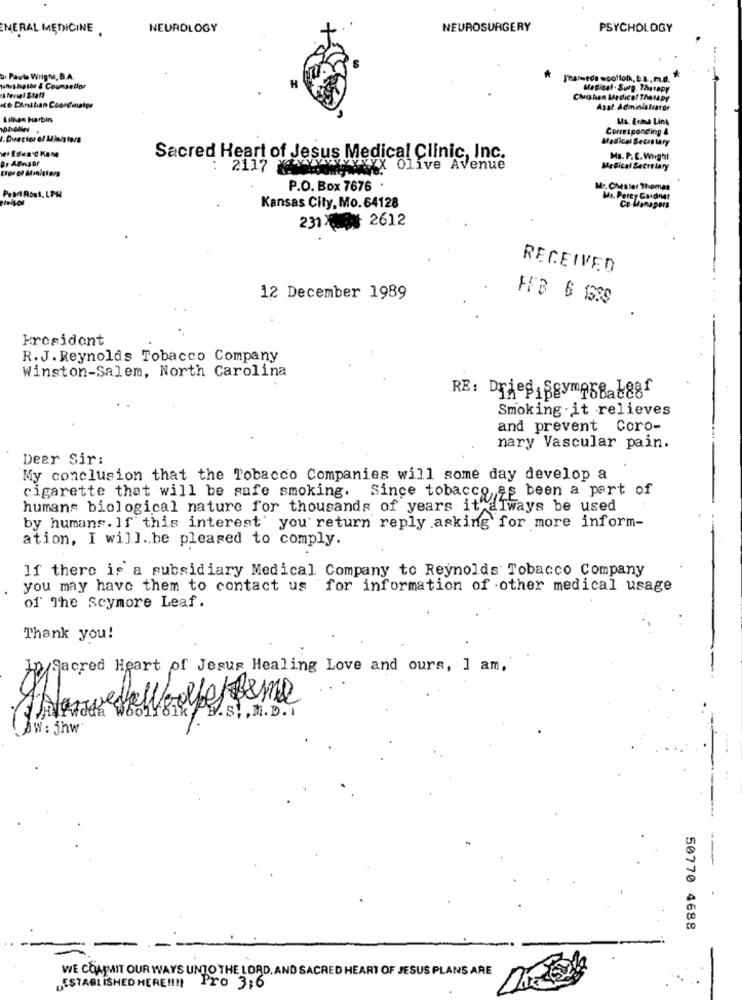
NERAL MEDICINE
NEUROLOGY
NEUROSURGERY
PSYCHOLOGY
b. Pavia Wrigh, B.A.
unestaples & Counselor
Medical- Surg. Therapy
serial Staff
Chishan Medico! Therapy
.ce DAinstan Coordinator
Asal. Administrator
Lillan Harbin
Ms. Euna Link
Corresponding &
Medical SecesMary
er Edes 'd Kane
Sacred Heart of Jesus Medical Clinic, Inc.
Ms. P. C. Wright
Cipr el Ministers
: 2117 XYYYYYYYYXX Olive Avenue
Medical Secretary
P.O. Box 7676 .
Mr. Chester Thomas
PeMAbss. LPH
inisor
Mr. Parey Gardner
Kansas City, Mo. 64128
Co-Managers
2310% 2612
RECEIVED
12 December 1989
FFB 6 189
President
R.J. Reynolds Tobacco Company
Winston-Salem, North Carolina
Smoking . it relieves
and prevent Coro-
nary Vascular pain.
Dear Sir:
My conclusion that the Tobacco Companies will some day develop a
cigarette that will be safe smoking. Since tobacco, as been a part of
humans biological nature for thousands of years it always be used
by humans. If this interest you return reply asking for more inform-
ation, I will .. be pleased to comply.
If there is a subsidiary Medical Company to Reynolds Tobacco Company
you may have them to contact us for information of other medical usage
of The Scymore Leaf
Thank you!
In Sacred Heart of Jesus Healing Love and ours, 1 am,
AW: jhw
50770 4688
WE COMMIT OUR WAYS UNTO THE LORD, AND SACRED HEART OF JESUS PLANS ARE
ESTABLISHED HERE !!!! Pro 3;6